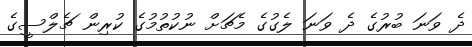
ދެ ވަނަ ބުރުގެ ދެ ވަނަ ލެގުގެ މެޗަށް ނުކުތުމުގެ ކުރިން ޗެލްސީގެ